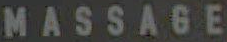
MASSAGE